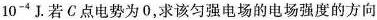
1 0 ^ { - 4 } J$$. 若C点电势为0，求该匀强电场的电场强度的方向